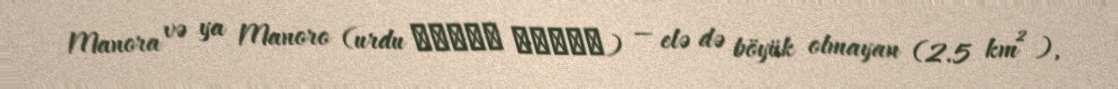
Manora və ya Manoro (urdu جزیرہ منوڑا) — elə də böyük olmayan (2.5 km²),